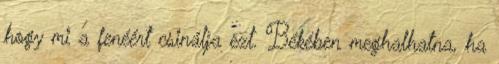
hogy mi a fenéért csinálja ezt. Békében meghalhatna, ha